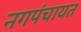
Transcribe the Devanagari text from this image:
नगपंचायत